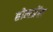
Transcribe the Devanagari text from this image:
होमग्रेंस